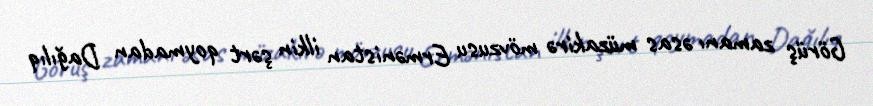
Görüş zamanı əsas müzakirə mövzusu Ermənistan ilkin şərt qoymadan Dağılıq